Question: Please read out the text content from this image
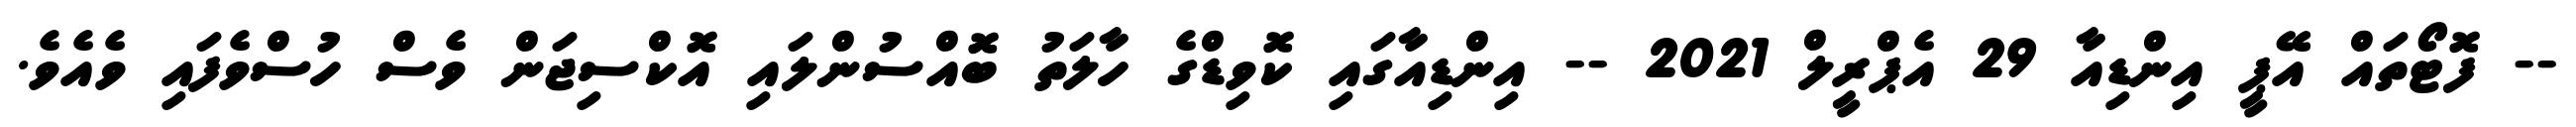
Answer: -- ފޮޓޯތައް އޭޕީ އިންޑިއާ 29 އެޕްރީލް 2021 -- އިންޑިއާގައި ކޮވިޑްގެ ހާލަތު ބޮއްސުންލައި އޮކްސިޖަން ވެސް ހުސްވެފައި ވެއެވެ.